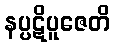
နပ္ပဋိပူဇေတိ